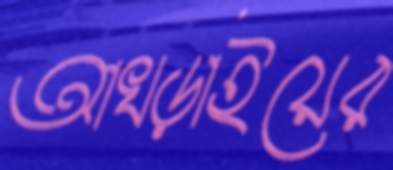
আখড়াইয়ের